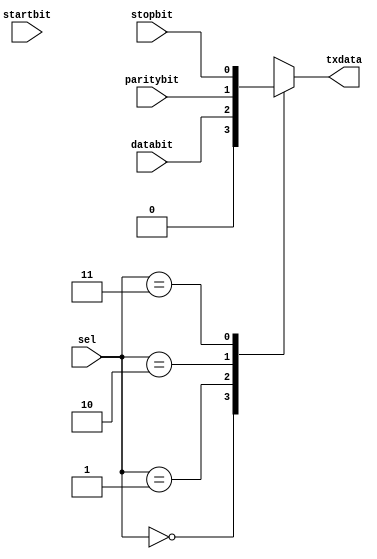
`timescale 1ns / 1ps
//////////////////////////////////////////////////////////////////////////////////
// Company: 
// Engineer: 
// 
// Design Name: 
// Module Name: TX-mux
// Project Name: 
// Target Devices: 
// Tool Versions: 
// Description: 
// 
// Dependencies: 
// 
// Revision:
// Revision 0.01 - File Created
// Additional Comments:
// 
//////////////////////////////////////////////////////////////////////////////////


module TX_mux(startbit, databit, paritybit, stopbit, txdata, sel);
input startbit, databit, paritybit, stopbit;
input [1:0] sel;
output reg txdata;

always @(*)
begin
case(sel)
2'b00: txdata = 0;
2'b01: txdata = databit;
2'b10: txdata = paritybit;
2'b11: txdata = stopbit;
default txdata = 0;
endcase
end
 
endmodule